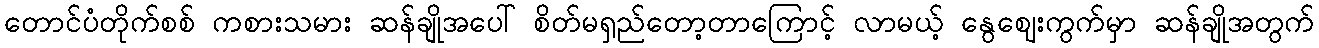
တောင်ပံတိုက်စစ် ကစားသမား ဆန်ချိုအပေါ် စိတ်မရှည်တော့တာကြောင့် လာမယ့် နွေဈေးကွက်မှာ ဆန်ချိုအတွက်